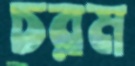
চরম